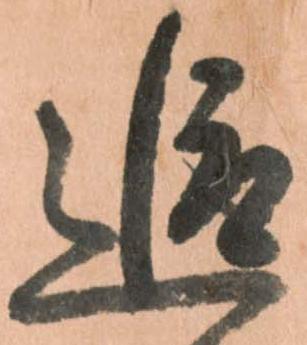
追